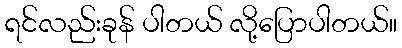
ရင်လည်းခုန် ပါတယ် လို့ပြောပါတယ်။